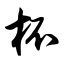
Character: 杯